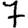
Digit: 7